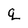
Character: q